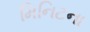
મિનિટના